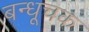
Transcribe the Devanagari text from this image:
बन्धूचक